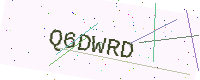
Text: Q6DWRD